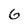
Character: 6